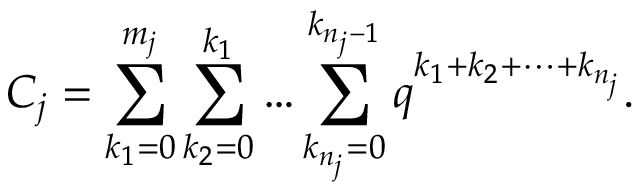
{ \cal C } _ { j } = \sum _ { k _ { 1 } = 0 } ^ { m _ { j } } \sum _ { k _ { 2 } = 0 } ^ { k _ { 1 } } \ldots \sum _ { k _ { n _ { j } } = 0 } ^ { k _ { n _ { j } - 1 } } q ^ { k _ { 1 } + k _ { 2 } + \cdots + k _ { n _ { j } } } .